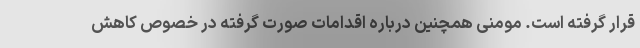
قرار گرفته است. مومنی همچنین درباره اقدامات صورت گرفته در خصوص کاهش